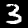
Label: 3